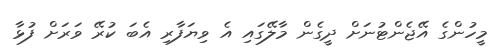
މީހުންގެ އޭޖެންޓުނަށް ދީގެން މާލޭގައި އެ ވިޔަފާރި އެބަ ކުރޭ ވަރަށް ފުޅާ